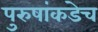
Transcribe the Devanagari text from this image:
पुरुषांकडेच